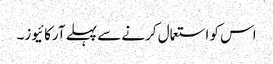
اس کو استعمال کرنے سے پہلے آرکائیوز۔